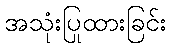
အသုံးပြုထားခြင်း